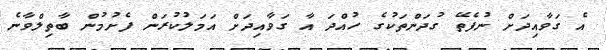
އެ ގަވާއިދަށް ނުފެތޭ ގުދަންތަކުގެ ހުއްދަ އާ ގަވާއިދަށް އަމަލުކުރަން ފެށުމުން ބާތިލްވާނެ